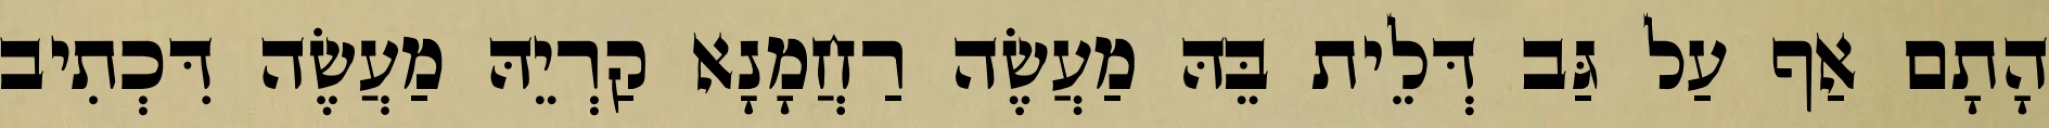
הָתָם אַף עַל גַּב דְּלֵית בֵּהּ מַעֲשֶׂה רַחֲמָנָא קַרְיֵהּ מַעֲשֶׂה דִּכְתִיב